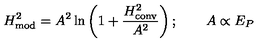
H _ { \mathrm { m o d } } ^ { 2 } = A ^ { 2 } \ln \left( 1 + { \frac { H _ { \mathrm { c o n v } } ^ { 2 } } { A ^ { 2 } } } \right) ; \qquad A \propto E _ { P }